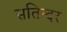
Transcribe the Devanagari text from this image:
सतिन्दर